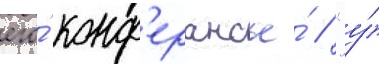
его́ конф'ерансье́ / "у́